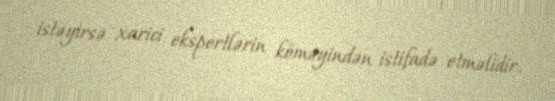
istəyirsə xarici ekspertlərin köməyindən istifadə etməlidir.